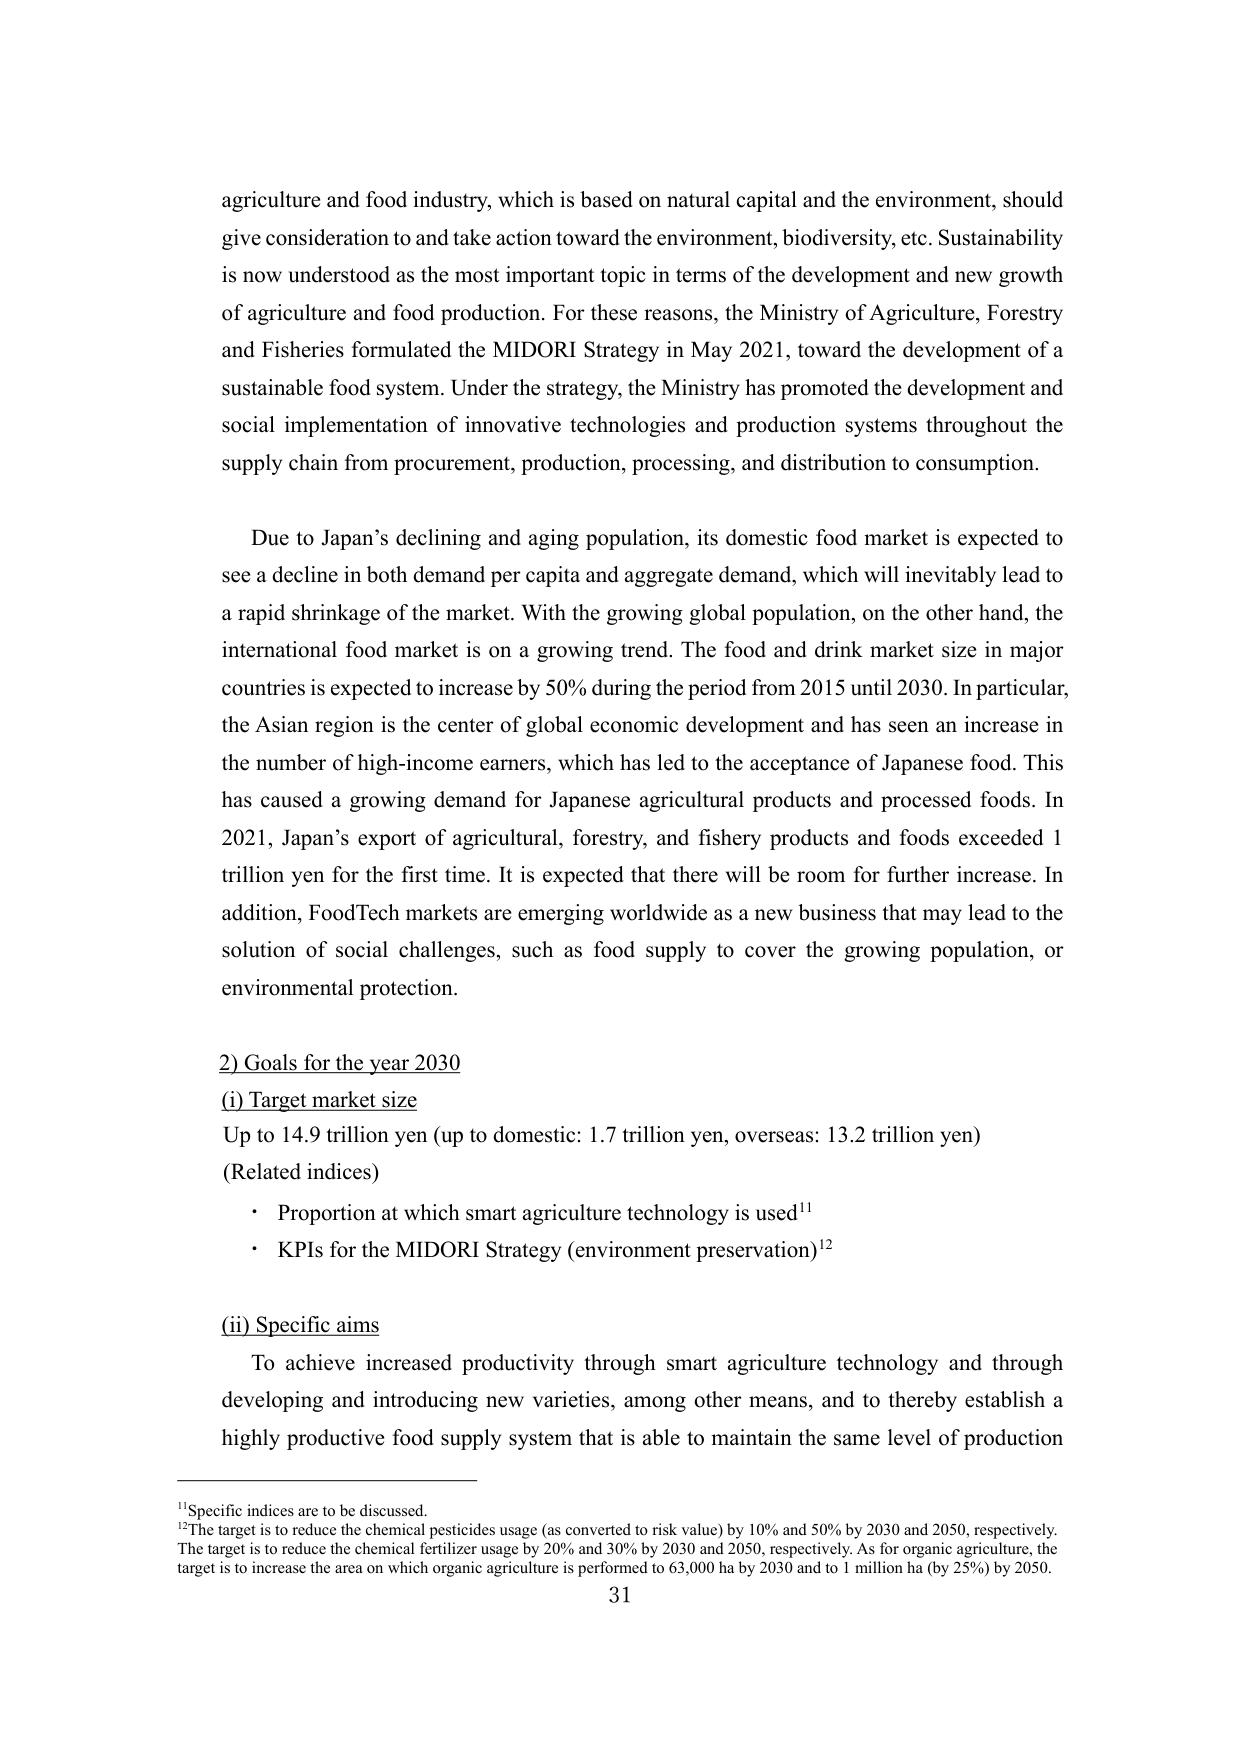
agriculture and food industry, which is based on natural capital and the environment, should give consideration to and take action toward the environment, biodiversity, etc. Sustainability is now understood as the most important topic in terms of the development and new growth of agriculture and food production. For these reasons, the Ministry of Agriculture, Forestry and Fisheries formulated the MIDORI Strategy in May 2021, toward the development of a sustainable food system. Under the strategy, the Ministry has promoted the development and social implementation of innovative technologies and production systems throughout the supply chain from procurement, production, processing, and distribution to consumption.

Due to Japan’s declining and aging population, its domestic food market is expected to see a decline in both demand per capita and aggregate demand, which will inevitably lead to a rapid shrinkage of the market. With the growing global population, on the other hand, the international food market is on a growing trend. The food and drink market size in major countries is expected to increase by 50% during the period from 2015 until 2030. In particular, the Asian region is the center of global economic development and has seen an increase in the number of high-income earners, which has led to the acceptance of Japanese food. This has caused a growing demand for Japanese agricultural products and processed foods. In 2021, Japan’s export of agricultural, forestry, and fishery products and foods exceeded 1 trillion yen for the first time. It is expected that there will be room for further increase. In addition, FoodTech markets are emerging worldwide as a new business that may lead to the solution of social challenges, such as food supply to cover the growing population, or environmental protection.

2) Goals for the year 2030
(i) Target market size
Up to 14.9 trillion yen (up to domestic: 1.7 trillion yen, overseas: 13.2 trillion yen)
(Related indices)
• Proportion at which smart agriculture technology is used¹¹
• KPIs for the MIDORI Strategy (environment preservation)¹²

(ii) Specific aims
To achieve increased productivity through smart agriculture technology and through developing and introducing new varieties, among other means, and to thereby establish a highly productive food supply system that is able to maintain the same level of production

¹¹ Specific indices are to be discussed.
¹² The target is to reduce the chemical pesticides usage (as converted to risk value) by 10% and 50% by 2030 and 2050, respectively. The target is to reduce the chemical fertilizer usage by 20% and 30% by 2030 and 2050, respectively. As for organic agriculture, the target is to increase the area on which organic agriculture is performed to 63,000 ha by 2030 and to 1 million ha (by 25%) by 2050.

31